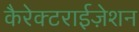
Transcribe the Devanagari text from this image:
कैरेक्टराईज़ेशन